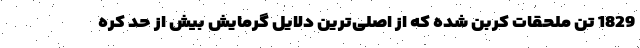
1829 تن ملحقات کربن شده که از اصلی‌ترین دلایل گرمایش بیش از حد کره